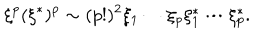
\xi ^ { p } ( \xi ^ { * } ) ^ { p } \sim ( p ! ) ^ { 2 } \xi _ { 1 } \cdots \xi _ { p } \xi _ { 1 } ^ { * } \cdots \xi _ { p } ^ { * } .